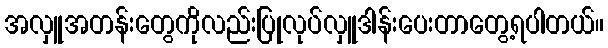
အလှူအတန်းတွေကိုလည်းပြုလုပ်လှူဒါန်းပေးတာတွေ့ရပါတယ်။